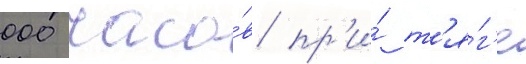
000 часо́в пр'и́ т'я́г'е